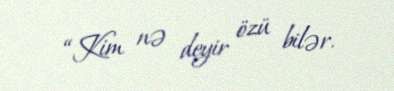
“Kim nə deyir özü bilər.